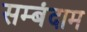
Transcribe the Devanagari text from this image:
सम्बंदाम